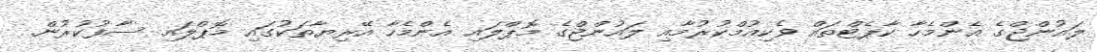
ލައުންޖްގެ އެންމެހާ ކާޕެޓްތައް ވެކިއުމްކުރުމާއި ލަައުންޖްގެ މޮޕްލައި އެންމެހާ އޭރިޔާތަކުގައި މޮޕްލައި ސާފުކުރުން.